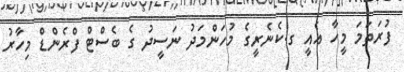
ފުރަތަމަ މީހާ އެއީ ގ.ކެނެރީގެ މުހަންމަދު ނަސީދު ގެ ބެސްޓް ފްރެންޑް މިހާރު